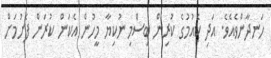
ހަނދާންވެއެވެ. އަދި ކެއުމުގެ ކުރިން ބިސްމި ނުކިޔާ މީހުން އެކަން ކުރަން ފެށުމަށް